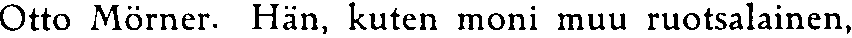
Otto Mörner. Hän, kuten moni muu ruotsalainen,